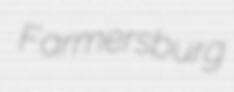
Farmersburg